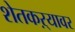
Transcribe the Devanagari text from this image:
शेतकऱ्यावर